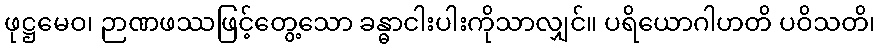
ဖုဋ္ဌမေဝ၊ ဉာဏဖဿဖြင့်တွေ့သော ခန္ဓာငါးပါးကိုသာလျှင်။ ပရိယောဂါဟတိ ပဝိသတိ၊